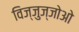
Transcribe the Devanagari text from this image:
विज्जुज्जोओ